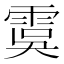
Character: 𩃉